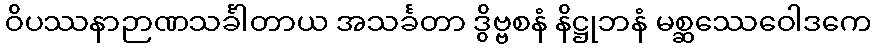
ဝိပဿနာဉာဏသင်္ခါတာယ အသင်္ခတာ ဒွိဗ္ဗစနံ နိဋ္ဌုဘနံ မစ္ဆဿေဝေါဒကေ